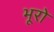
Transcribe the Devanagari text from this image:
भूरो